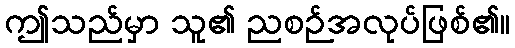
ဤသည်မှာ သူ၏ ညစဉ်အလုပ်ဖြစ်၏။